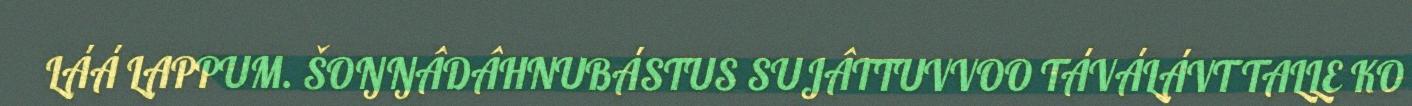
LÁÁ LAPPUM. ŠOŊŊÂDÂHNUBÁSTUS SUJÂTTUVVOO TÁVÁLÁVT TALLE KO